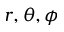
r , \theta , \phi